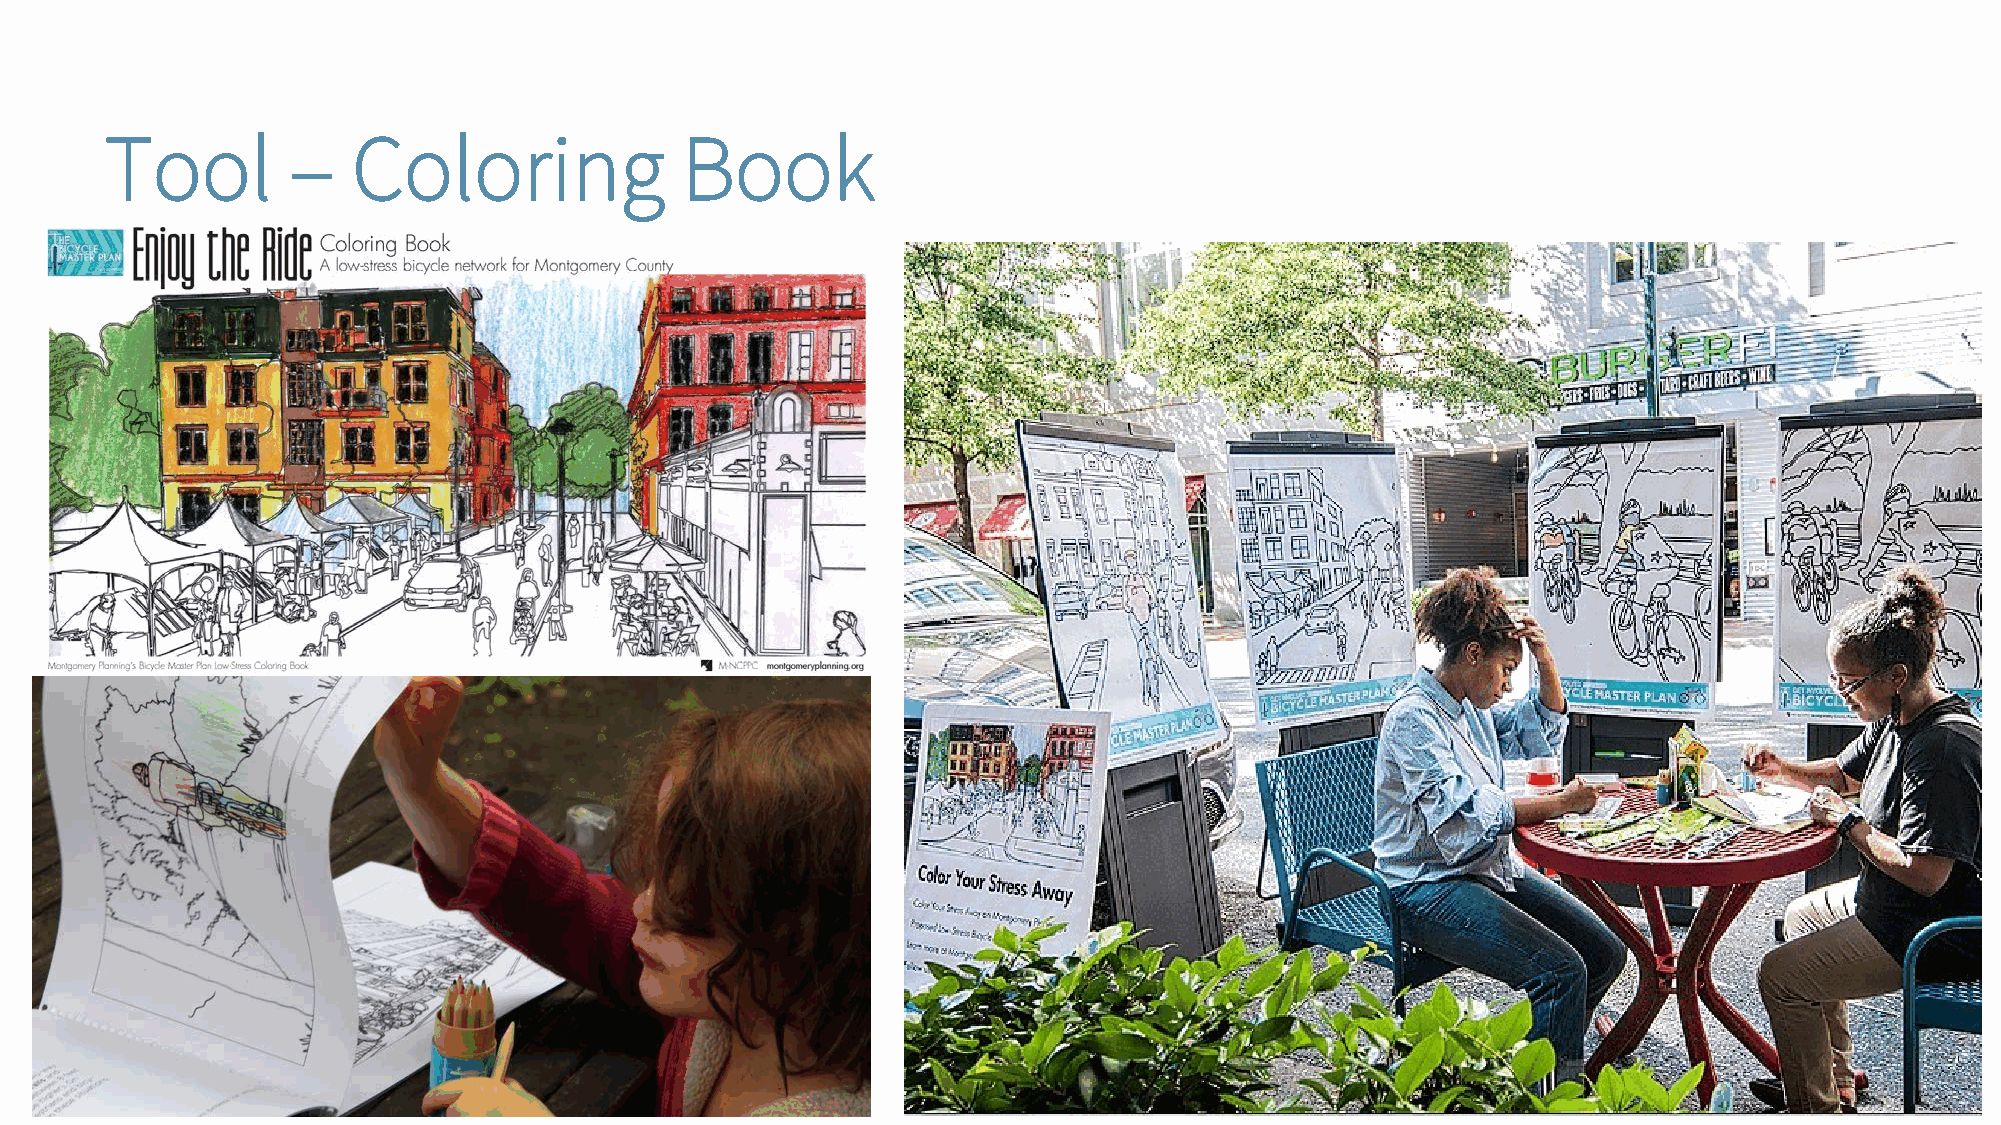
Tool        –   Coloring              Book